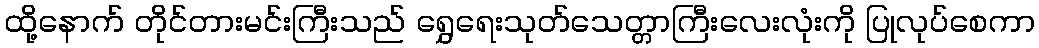
ထို့နောက် တိုင်တားမင်းကြီးသည် ရွှေရေးသုတ်သေတ္တာကြီးလေးလုံးကို ပြုလုပ်စေကာ